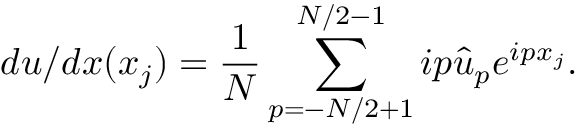
d u / d x ( x _ { j } ) = \frac { 1 } { N } \sum _ { p = - N / 2 + 1 } ^ { N / 2 - 1 } i p \hat { u } _ { p } e ^ { i p x _ { j } } .